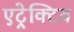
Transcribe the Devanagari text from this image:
एट्रेक्टिव